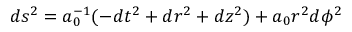
d s ^ { 2 } = a _ { 0 } ^ { - 1 } ( - d t ^ { 2 } + d r ^ { 2 } + d z ^ { 2 } ) + a _ { 0 } r ^ { 2 } d \phi ^ { 2 }